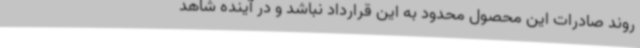
روند صادرات این محصول محدود به این قرارداد نباشد و در آینده شاهد